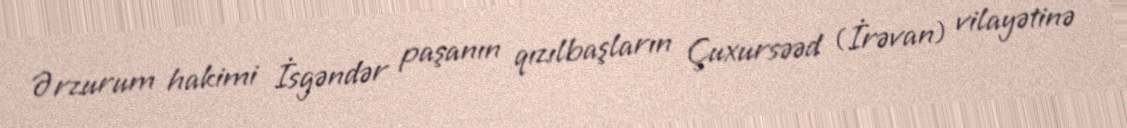
Ərzurum hakimi İsgəndər paşanın qızılbaşların Çuxursəəd (İrəvan) vilayətinə